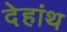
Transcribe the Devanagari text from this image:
देहांथ